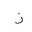
Letter: _zay